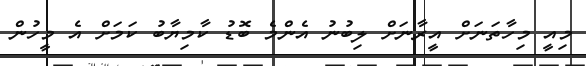
މިއީ މިހާތަނަށް އީރާނަށް ލިބުނު އެންމެ ބޮޑު ކާމިޔާބު ކަމަށް އެ މީހުން